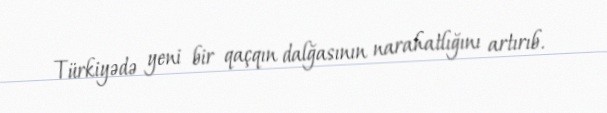
Türkiyədə yeni bir qaçqın dalğasının narahatlığını artırıb.